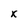
Character: x